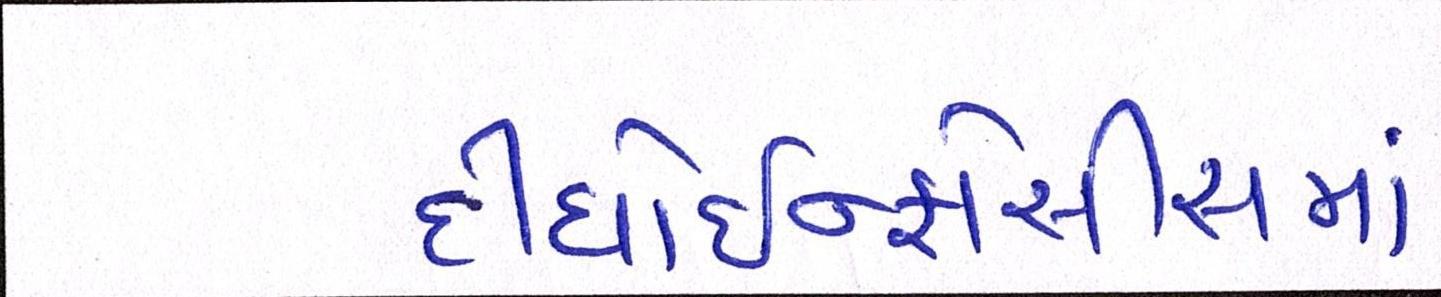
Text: દીધોઇન્ફોસીસમાં